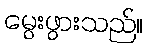
မွေးဖွားသည်။